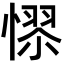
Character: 𢟺